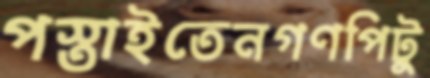
পস্তাইতেনগণপিটু